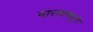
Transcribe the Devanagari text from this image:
नारायणपुरी